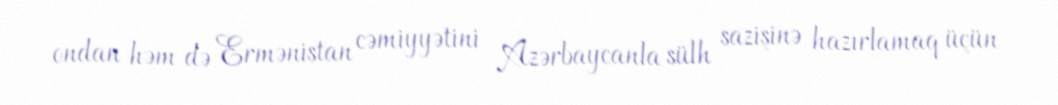
ondan həm də Ermənistan cəmiyyətini Azərbaycanla sülh sazişinə hazırlamaq üçün